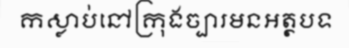
កស្លាប់នៅក្រុងច្បារមនអត្ថបទ